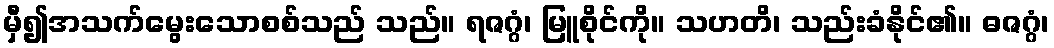
မှီ၍အသက်မွေးသောစစ်သည် သည်။ ရဇဂ္ဂံ၊ မြူစိုင်ကို။ သဟတိ၊ သည်းခံနိုင်၏။ ဓဇဂ္ဂံ၊